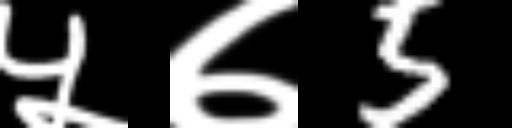
Text: ५७5